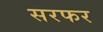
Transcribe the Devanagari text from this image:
सरफर